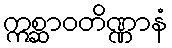
ဣစ္ဆာဝတိဏ္ဏာနံ